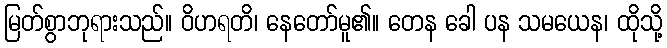
မြတ်စွာဘုရားသည်။ ဝိဟရတိ၊ နေတော်မူ၏။ တေန ခေါ ပန သမယေန၊ ထိုသို့